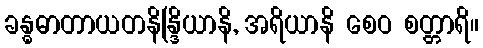
ခန္ဓဓာတာယတနိန္ဒြိယာနိ, အရိယာနိ စေဝ စတ္တာရိ။